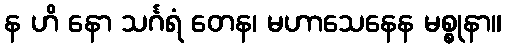
န ဟိ နော သင်္ဂရံ တေန၊ မဟာသေနေန မစ္စုနာ။